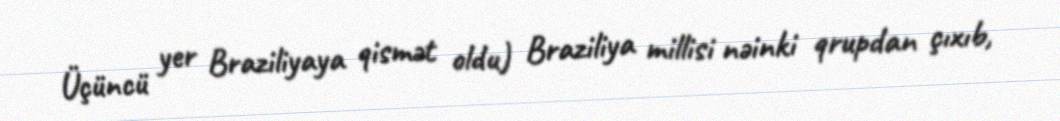
Üçüncü yer Braziliyaya qismət oldu) Braziliya millisi nəinki qrupdan çıxıb,